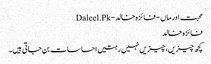
محبت اور ماں - فائزہ خالد - Daleel.Pk
فائزہ خالد
کچھ چیزیں، چیزیں نہیں رہتیں احساسات بن جاتی ہیں۔